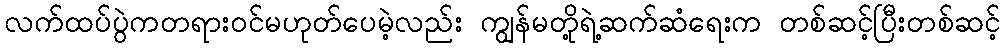
လက်ထပ်ပွဲကတရားဝင်မဟုတ်ပေမဲ့လည်း ကျွန်မတို့ရဲ့ဆက်ဆံရေးက တစ်ဆင့်ပြီးတစ်ဆင့်